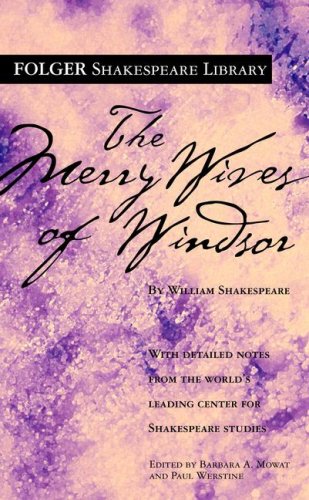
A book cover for The Merry Wives of Windsor (Folger Shakespeare Library); William Shakespeare; Literature & Fiction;